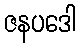
ဇနပဒေါ